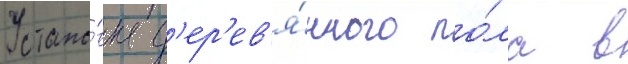
Устано́вка д'ер'ев'я́нного по́ла в